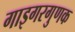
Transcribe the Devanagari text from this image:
गाइगरगुणक